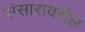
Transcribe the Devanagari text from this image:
संसारावरील